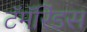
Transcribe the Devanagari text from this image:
टॅमॅरिंडस